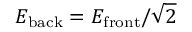
E _ { \mathrm { b a c k } } = E _ { \mathrm { f r o n t } } / \sqrt { 2 }